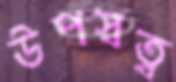
উপস্বত্ব